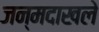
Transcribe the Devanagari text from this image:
जन्मदाखले